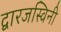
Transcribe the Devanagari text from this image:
द्वारजस्विनी